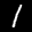
Label: 1